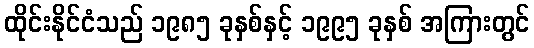
ထိုင်းနိုင်ငံသည် ၁၉၈၅ ခုနှစ်နှင့် ၁၉၉၅ ခုနှစ် အကြားတွင်